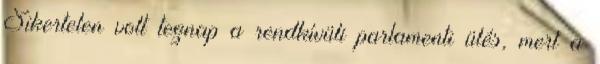
Sikertelen volt tegnap a rendkívüli parlamenti ülés, mert a